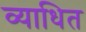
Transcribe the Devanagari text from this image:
व्याधित